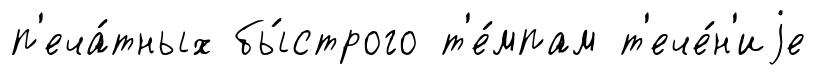
п'еча́тных бы́строго т'е́мпам т'ече́н'иjе